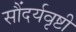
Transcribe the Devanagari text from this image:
सौंदर्यवृष्टी